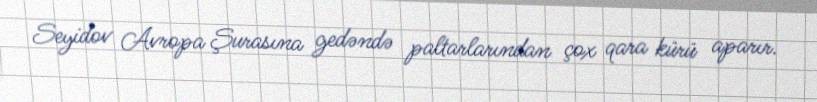
Seyidov Avropa Şurasına gedəndə paltarlarından çox qara kürü aparır.